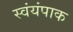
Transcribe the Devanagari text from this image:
स्वंयंपाक